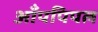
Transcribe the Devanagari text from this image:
आँपपिपल